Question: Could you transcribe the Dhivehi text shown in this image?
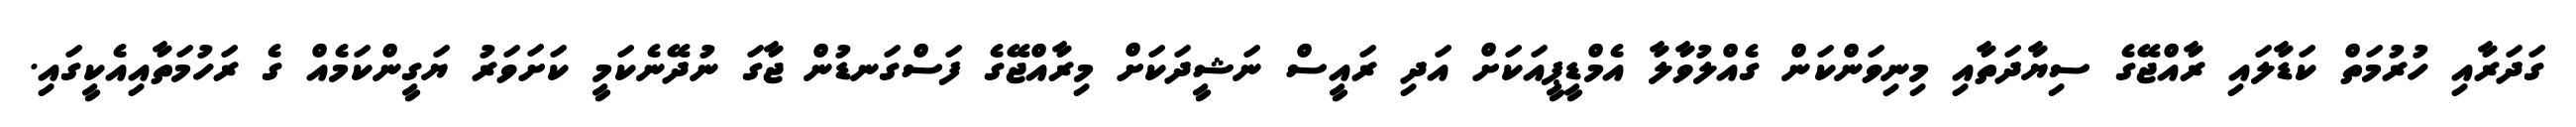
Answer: ގަދަރާއި ހުރުމަތް ކަޑާލައި ރާއްޖޭގެ ސިޔާދަތާއި މިނިވަންކަން ގެއްލުވާލާ އެމްޑީޕީއަކަށް އަދި ރައީސް ނަޝީދަކަށް މިރާއްޖޭގެ ފަސްގަނޑުން ޖާގަ ނުދޭނެކަމީ ކަށަވަރު ޔަގީންކަމެއް ގެ ރަހުމަތާއިއެކީގައި.